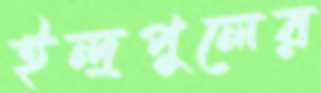
ইন্দ্রপুলের